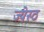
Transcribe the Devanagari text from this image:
ज्येस्ठ